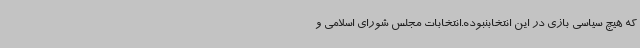
که هیچ سیاسی بازی در این انتخابنبوده.انتخابات مجلس شورای اسلامی و